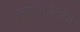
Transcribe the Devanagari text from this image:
ताफ्यानिशा